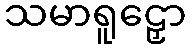
သမာရူဠှော